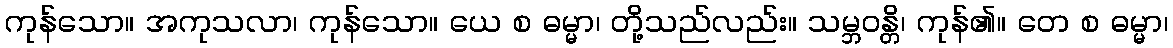
ကုန်သော။ အကုသလာ၊ ကုန်သော။ ယေ စ ဓမ္မာ၊ တို့သည်လည်း။ သမ္ဘဝန္တိ၊ ကုန်၏။ တေ စ ဓမ္မာ၊